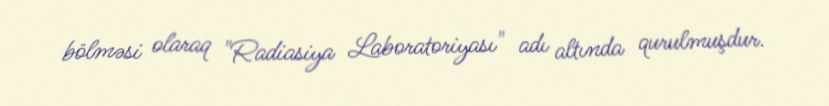
bölməsi olaraq "Radiasiya Laboratoriyası" adı altında qurulmuşdur.